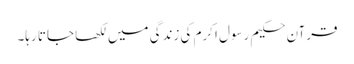
قرآن حکیم رسول اکرم کی زندگی میں لکھا جاتا رہا۔